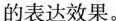
的表达效果。